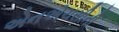
એનએચસીની